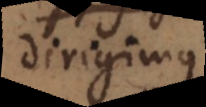
dirigimus,